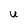
Character: u